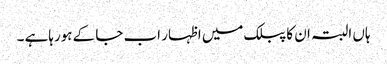
ہاں البتہ ان کا پبلک میں اظہار اب جا کے ہورہاہے ۔